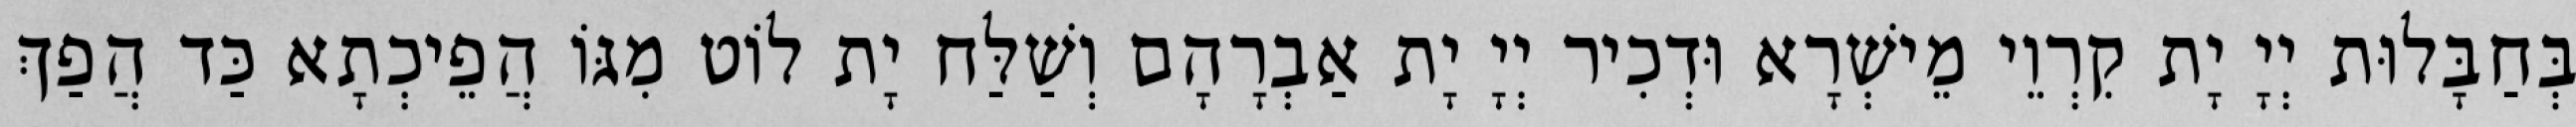
בְּחַבָּלוּת יְיָ יָת קִרְוֵי מֵישְׁרָא וּדְכִיר יְיָ יָת אַבְרָהָם וְשַׁלַּח יָת לוֹט מִגּוֹ הֲפֵיכְתָא כַּד הֲפַךְ